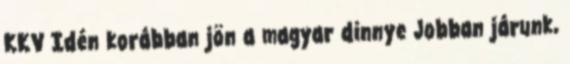
KKV Idén korábban jön a magyar dinnye Jobban járunk,